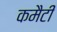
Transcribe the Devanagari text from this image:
कमैटी